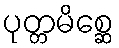
ပုတ္တမိစ္ဆေ